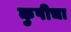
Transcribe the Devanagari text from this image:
कुपीचा